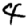
Digit: 4